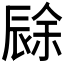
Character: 𲅊